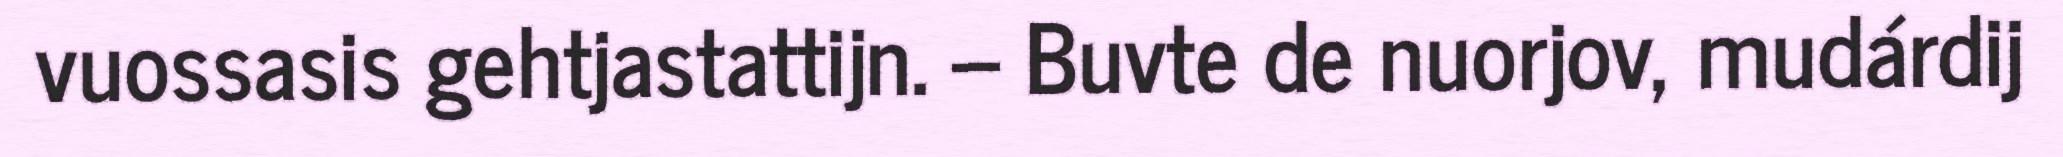
vuossasis gehtjastattijn. – Buvte de nuorjov, mudárdij